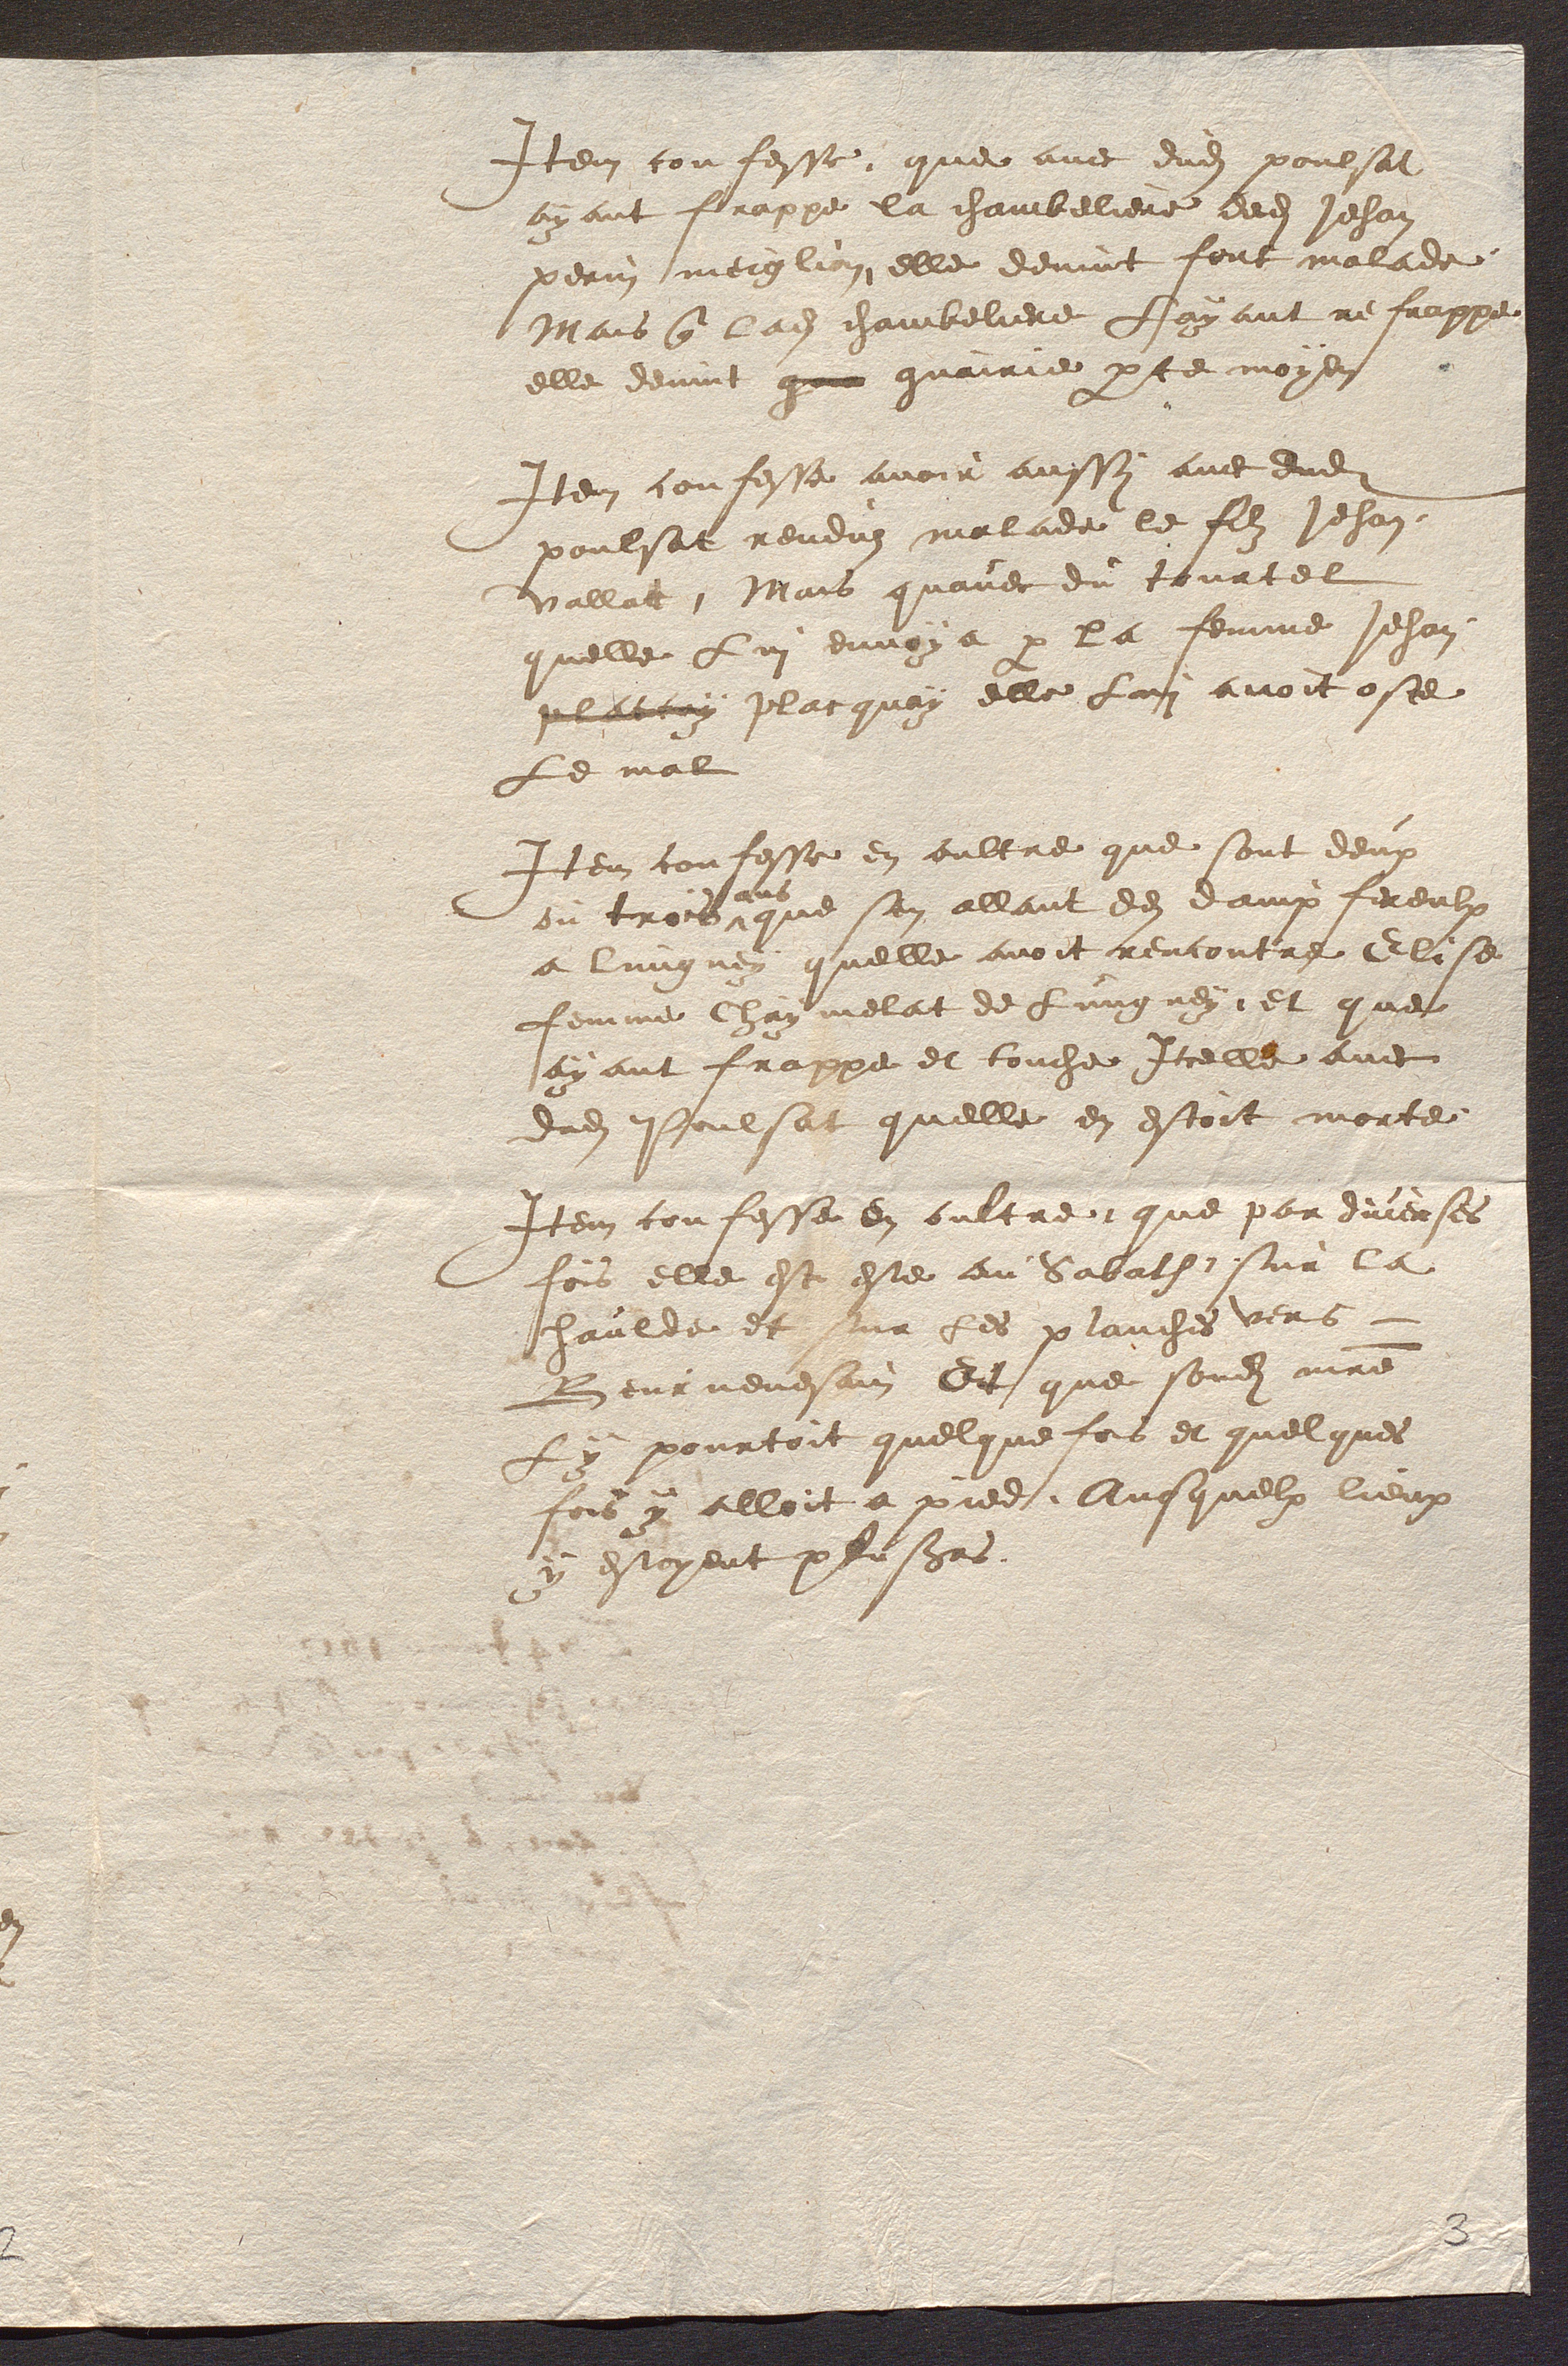
Item confesse que avec dudit poulsat
ayant frappe la chambeliere dedit Jehan
perin meiglin elle devint fort malade
Mais que ladite chambeliere Layant re frappe
elle devint qua guairie par te moyen
Item confesse avoir aussy avec dudit
poulsat renduz malade le filz Jehan
vallat, Mais quavec du tourtel
quelle Lui envoye par la femme Jehan
plutcay placquoy elle Lui avoit oste
Le mal
Item confesse en oultre que sont deux
ou trois
ans
que sen allant des dampfereulx
a lungney quelle avoit rencontre Elise
femme Chay melat de Lungney et que
ayant frappe et touche Icelle avec
dudit Poulsat quelle en estoit morte
Item confesse en oultre que par dverses
fois elle est este au Sabath sur la
haulde et sur les planches vers
Beurnenesain Et que sondit maitre
y pourtoit quelque fois et quelques
fois y alloit a pied Ausquelx lieux
y estoyent plusieurs.